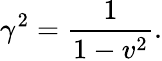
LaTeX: \gamma^{2}={\frac{1}{1-v^{2}}}.